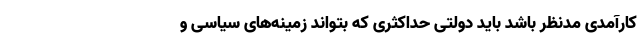
کارآمدی مدنظر باشد باید دولتی حداکثری که بتواند زمینه‌های سیاسی و